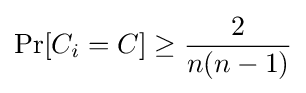
\Pr[C_{i}=C]\geq {\frac {2}{n(n-1)}}